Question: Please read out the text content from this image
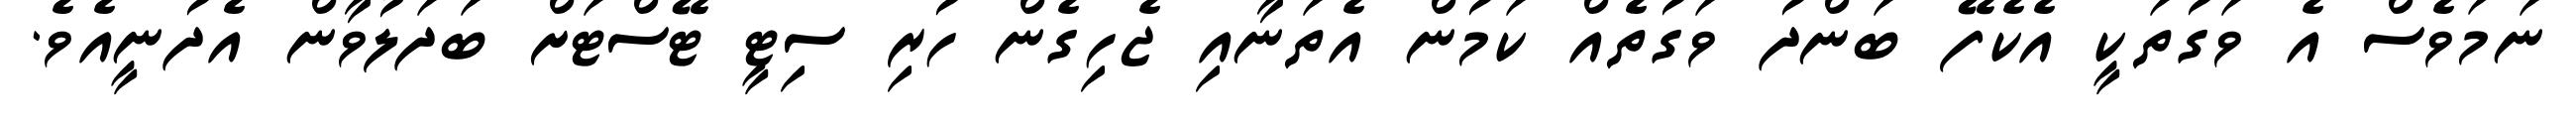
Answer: ނަމަވެސް އެ ވަގުތަކީ އެކެފޭ ބަންދު ވަގުތެއް ކަމުން އެތަނާއި ޖެހިގެން ހުރި ސިޓީ ޓޭސްޓަށް ބަދަލުވާން އެދުނީއެވެ.